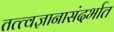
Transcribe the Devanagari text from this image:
तत्त्वज्ञानासंदर्भात